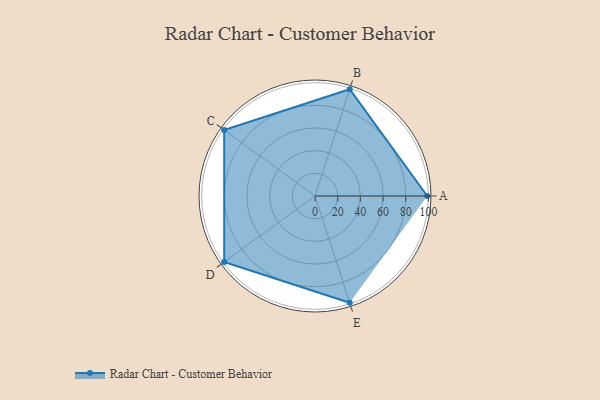
{"axis": {"x": "Skill", "y": "Score"}, "legend": ["Profile"], "data": [{"x": "A", "y": 99, "type": "Profile"}, {"x": "B", "y": 99, "type": "Profile"}, {"x": "C", "y": 99, "type": "Profile"}, {"x": "D", "y": 99, "type": "Profile"}, {"x": "E", "y": 99, "type": "Profile"}]}